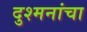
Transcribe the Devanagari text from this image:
दुश्मनांचा